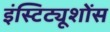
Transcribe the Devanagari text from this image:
इंस्टिट्यूशोंस